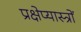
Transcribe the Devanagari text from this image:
प्रक्षेप्यास्त्रों